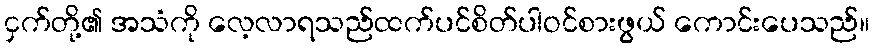
ငှက်တို့၏ အသံကို လေ့လာရသည်ထက်ပင်စိတ်ပါဝင်စားဖွယ် ကောင်းပေသည်။